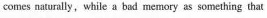
comes naturally, while a bad memory as something that